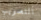
التصويب